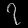
Digit: ၇